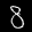
Label: 8